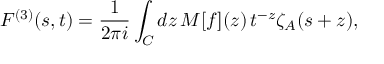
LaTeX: F ^ { ( 3 ) } ( s , t ) = \frac { 1 } { 2 \pi i } \int _ { C } d z \, M [ f ] ( z ) \, t ^ { - z } \zeta _ { A } ( s + z ) ,